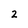
Character: 2